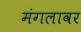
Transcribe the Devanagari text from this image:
मंगलावर